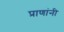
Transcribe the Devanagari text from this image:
प्राणांनी